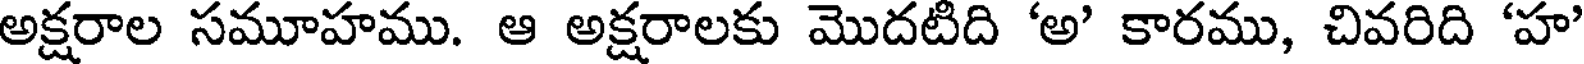
అక్షరాల సమూహము. ఆ అక్షరాలకు మొదటిది 'అ' కారము, చివరిది 'హ